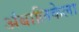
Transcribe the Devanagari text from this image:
अंबालिकेला